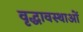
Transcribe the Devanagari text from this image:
वृद्धावस्थाओं